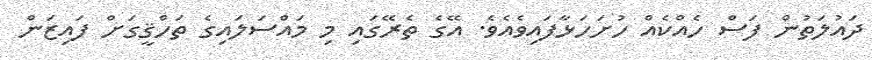
ދައުލަތުން ފަސް ހެއްކެއް ހުށަހަޅާފައިވެއެވެ. އޭގެ ތެރޭގައި މި މައްސަލައިގެ ތަހްޤީގަށް ފައިޒަން